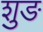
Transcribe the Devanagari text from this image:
शुङ